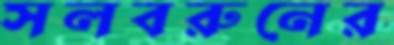
সলবরুনের